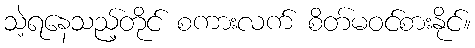
သဲ့ရနေသည့်တိုင် စကားလက် စိတ်မဝင်စားနိုင်။